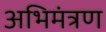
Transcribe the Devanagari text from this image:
अभिमंत्रण